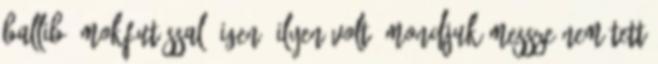
ballib ámokfutással" Igen, ilyen volt. Mondjuk messze nem tett